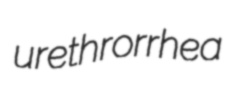
urethrorrhea